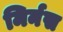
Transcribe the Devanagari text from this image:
मिर्नस